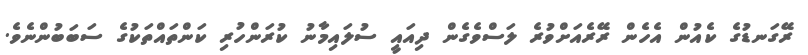
ރޭގަނޑުގެ ކެއުން އެހެން ރޭރެއަށްވުރެ ލަސްވެގެން ދިއައީ ސުލައިމާނު ކުރަންހުރި ކަންތައްތަކުގެ ސަބަބުންނެވެ.